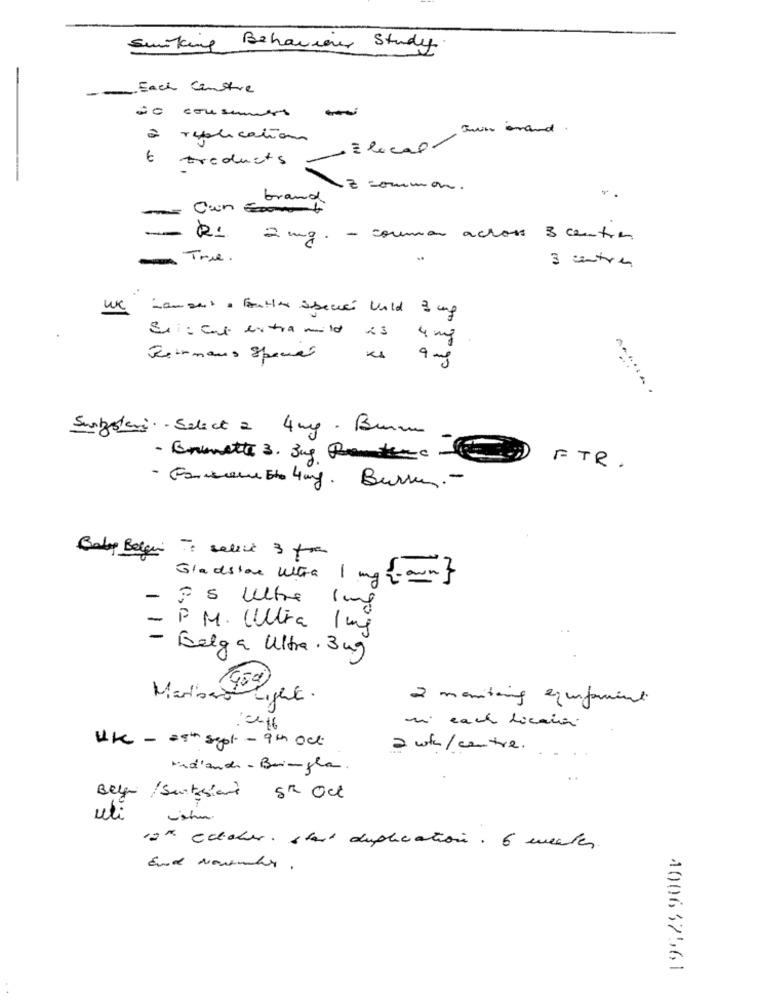
Sunking Behaviorer Study
-
-Each Centre
-
-- consumer
twin inand .
à replication
Elocal/
t treduits
7 common.
brand
r.
- Con com
2 mg. - common across 3 centros
-un True.
3 autres
Lamonta Fonther Species Vold 3 mg
Sr: col extra mild is 4 mg
Juinmaus Spenet
KA 9 mg
........
Suisleri. Select 2 4mg . Burn
- Brunette 3. Bug Runterc.
FTR.
- Esmeu bl 4mg. Burken .-
Baby Begin: salir 3 fra
Gladstone Ultra 1 mg -own }
- 35 Ultre 1 mg
- P. M. CUltra 1mg
- Belga Ultra . 3mg
(God)
Marioand
Light.
2 monitors equipment
. ce16
mi cant licais
UK - 29th sept - 9th oct
a who/centre
Med'ande - Beingla .
Belg / Sintesiand 5th Oct
uli vista.
12". eclicher. start duplication. 6 mentes
400632561